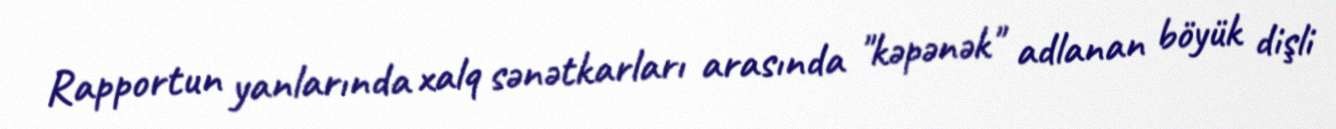
Rapportun yanlarında xalq sənətkarları arasında "kəpənək" adlanan böyük dişli